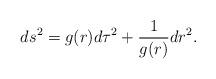
LaTeX: \begin{align*}ds^2=g(r)d\tau^2+{1 \over g(r)}dr^2 .\end{align*}